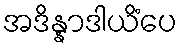
အဒိန္နာဒါယိံပေ